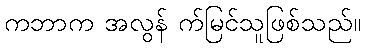
ကဘာက အလွန် က်မြင်သူဖြစ်သည်။